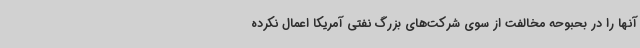
آنها را در بحبوحه مخالفت از سوی شرکت‌های بزرگ نفتی آمریکا اعمال نکرده